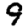
Digit: 9